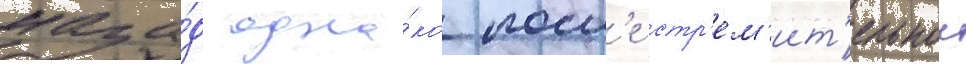
наза́д одна́ко посл'е стр'ем'ит'ельнои